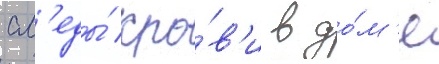
сл'еды́ кро́в'и в до́м'е